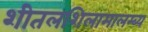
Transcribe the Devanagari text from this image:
शीतलशिलामालम्ब्य